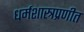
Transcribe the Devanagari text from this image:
धर्मशास्त्रप्रणीत